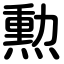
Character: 勲